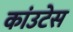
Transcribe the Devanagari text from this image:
कांउटेस